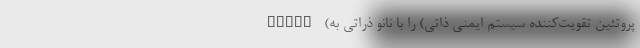
STING (پروتئین تقویت‌کننده سیستم ایمنی ذاتی) را با نانو ذراتی به